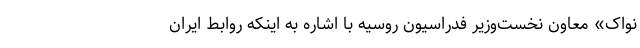
نواک» معاون نخست‌وزیر فدراسیون روسیه با اشاره به اینکه روابط ایران